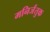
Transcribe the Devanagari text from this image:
मनिर्जंतुक